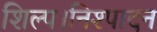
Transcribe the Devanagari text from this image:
शिल्प।निश्पादन